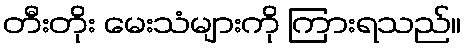
တီးတိုး မေးသံများကို ကြားရသည်။